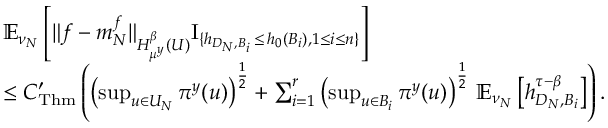
\begin{array} { r l } & { \mathbb { E } _ { \nu _ { N } } \left[ \| f - m _ { N } ^ { f } \| _ { H _ { \mu ^ { y } } ^ { \beta } ( U ) } \mathrm { I } _ { \{ h _ { D _ { N } , B _ { i } } \, \leq \, h _ { 0 } ( B _ { i } ) , 1 \leq i \leq n \} } \right] } \\ & { \leq C _ { \mathrm { T h m } } ^ { \prime } \left( \left( \operatorname* { s u p } _ { u \in U _ { N } } \pi ^ { y } ( u ) \right) ^ { \frac { 1 } { 2 } } + \sum _ { i = 1 } ^ { r } \left( \operatorname* { s u p } _ { u \in B _ { i } } \pi ^ { y } ( u ) \right) ^ { \frac { 1 } { 2 } } \, \mathbb { E } _ { \nu _ { N } } \left[ h _ { D _ { N } , B _ { i } } ^ { \tau - \beta } \right] \right) . } \end{array}